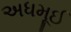
અધમૂઈ